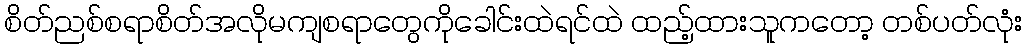
စိတ်ညစ်စရာစိတ်အလိုမကျစရာတွေကိုခေါင်းထဲရင်ထဲ ထည့်ထားသူကတော့ တစ်ပတ်လုံး